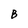
Character: B